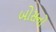
બોસનો